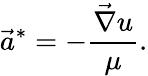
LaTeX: \vec{a}^{*}=-\frac{\vec{\nabla}u}{\mu}.